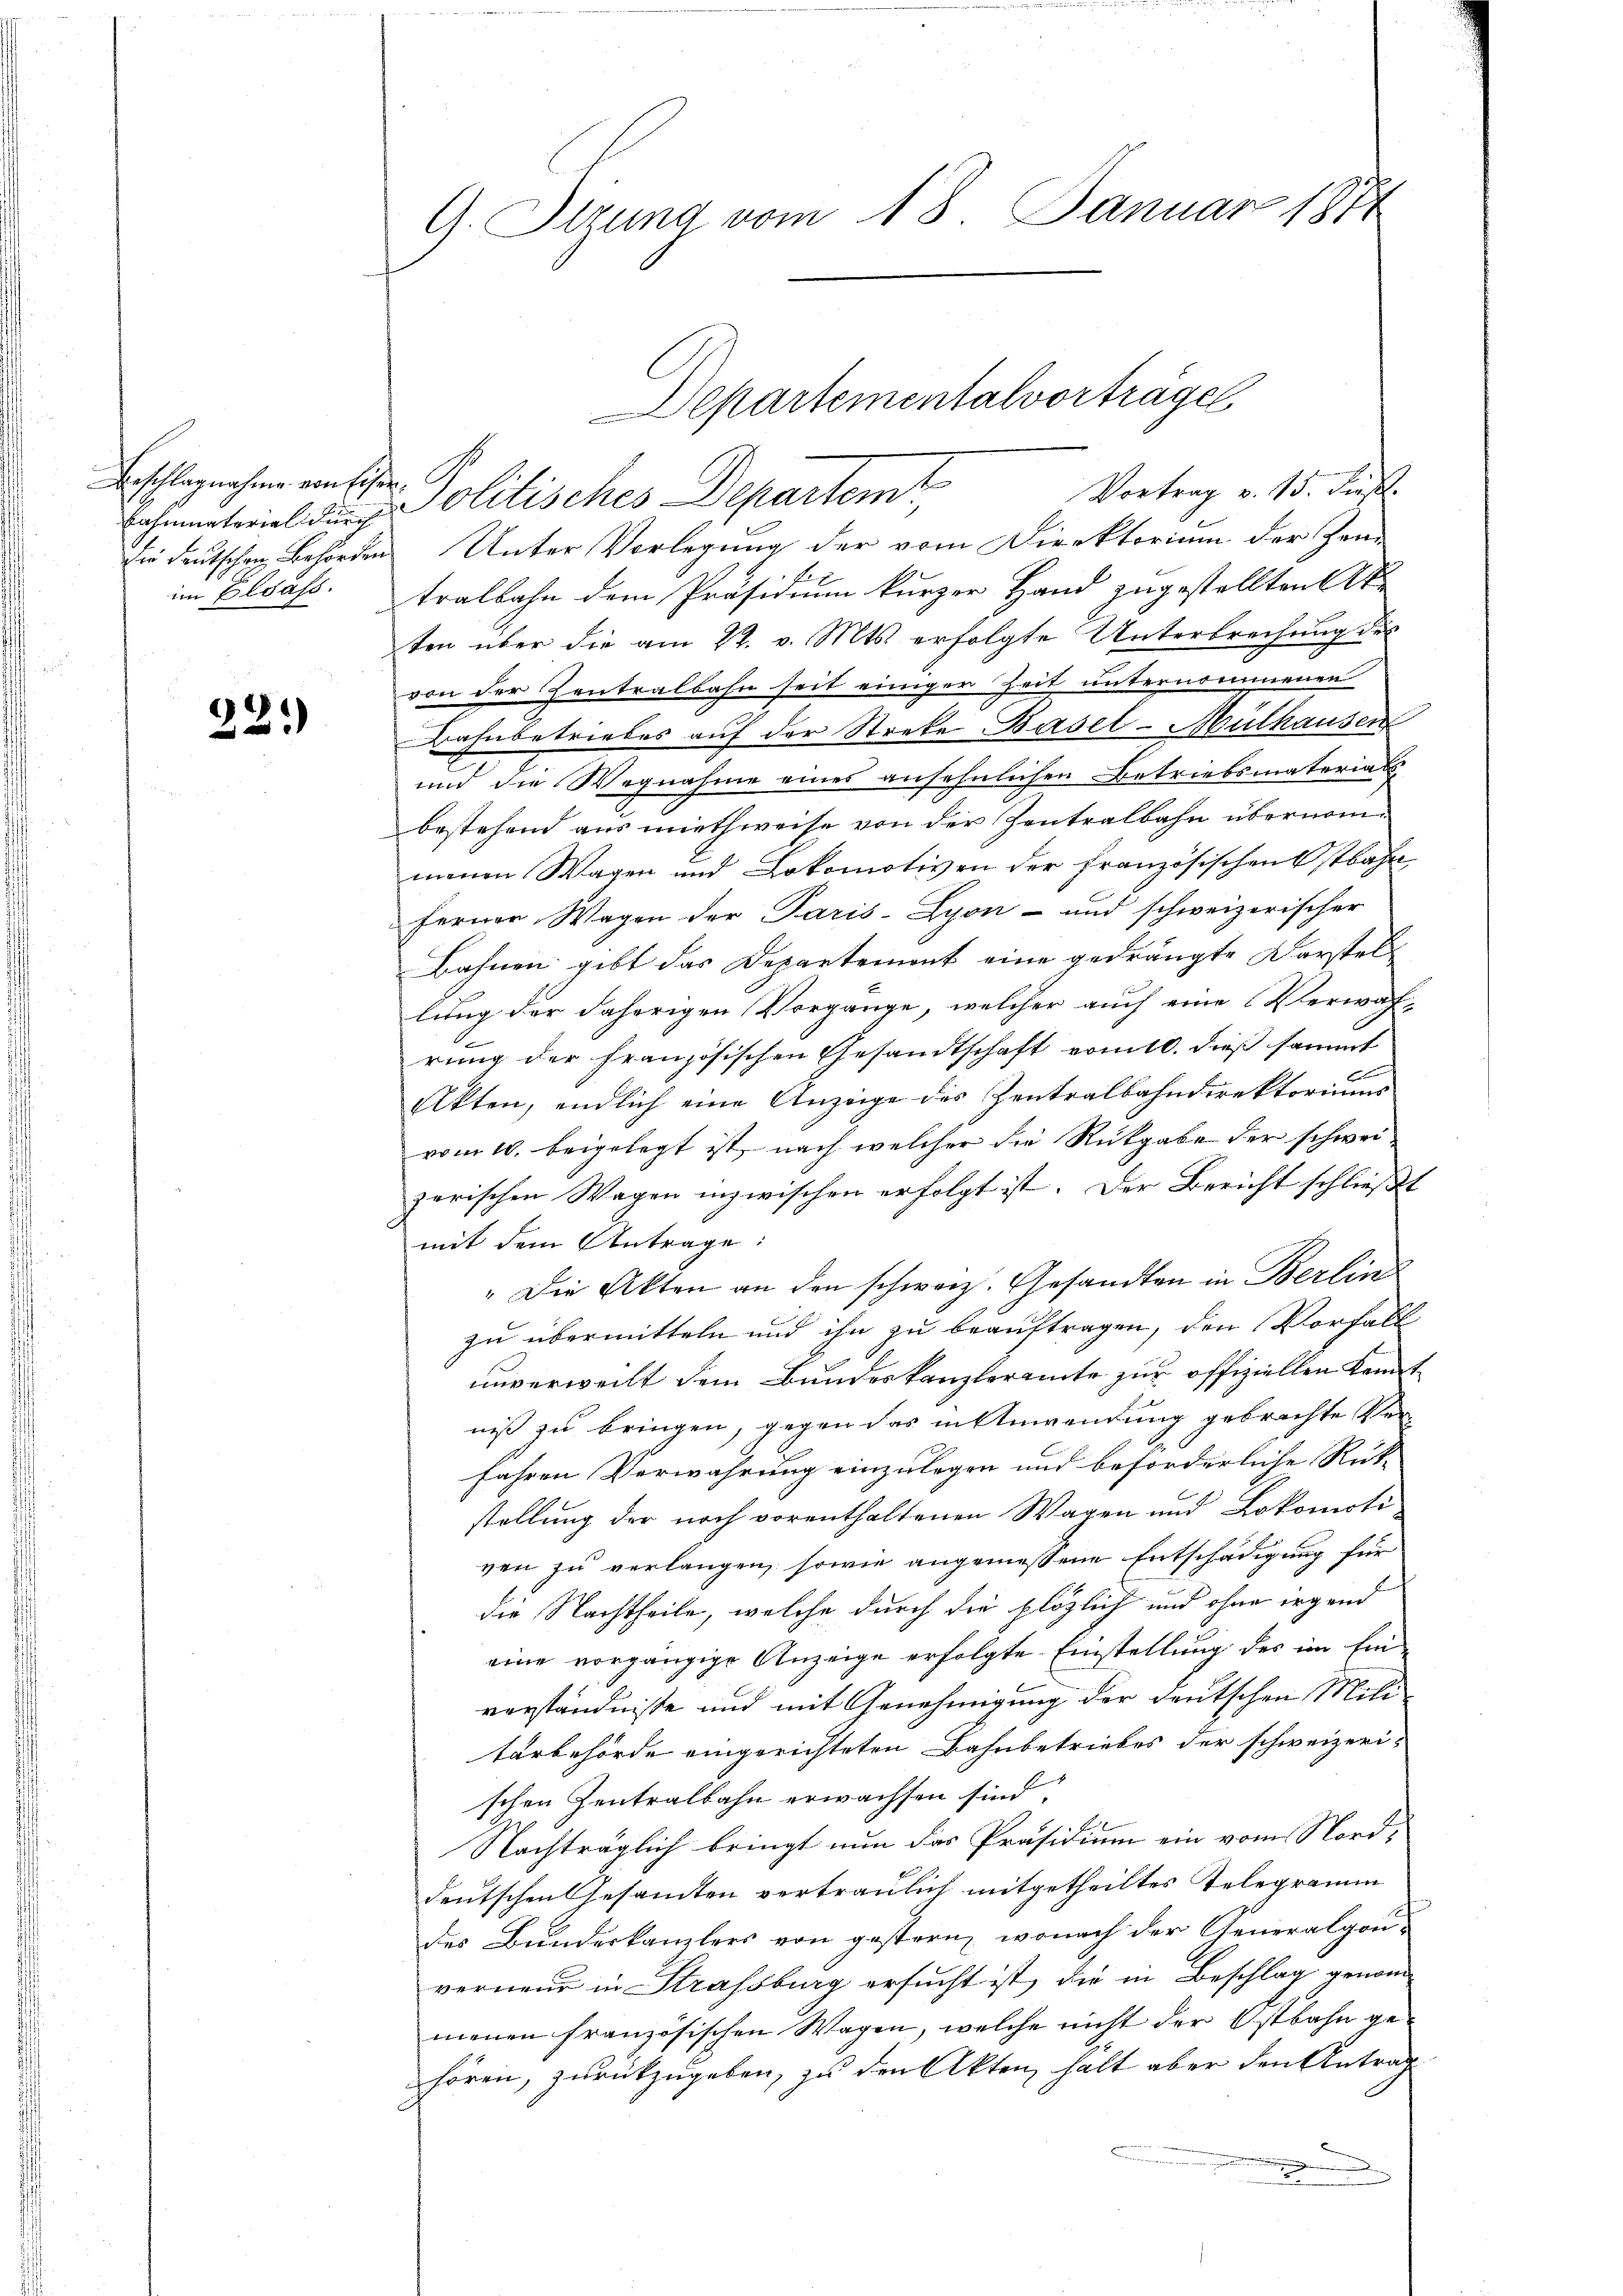
Beschlagnahme von Eisen.
Bahmnateriali der
Die Deutschen Behörden
im Elsass.

22.

G. Sitzung vom 18. Januar 1871

Politisches Departemt
 Unter Vorlegung der vom Direktorium der Zeutralbahn dem Präsidium kurzer Hand zugestellten St.
ten über die am 22. v. Mts. erfolgte Unterbrechung des
von der Zentralbahn seit einiger Zeit unternommenen
Bahnbetriebes auf der Streke Basel-Mülhausen
und die Wegnahme eines ansehnlichen Betriebsmaterials
bestehend aus miethweise von der Zentralbahn übernommenen Wagen und Lokomotiven der französischenstbahn
ferner Wagen der Paris-Zyon- und schweizerischer
Bahnen gibt das Departement eine gedrängte Darstellung der daherigen Vorgänge, welcher auch eine Verwah-
rung der französischen Gesandtschaft vom 10. dieß sammt
E
Akten, endlich eine Anzeige des Zentralbahndirektoriums
vom 10. beigelegt ist, nach welcher die Rückgabe der schweizerischen Wagen inzwischen erfolgt ist. Der Bericht schließt
mit dem Antrage:
" Die Akten an den schweiz. Gesandten in Berlin
zu übermitteln und ihn zu beauftragen, den Vorfall
unverweilt dem Bundeskanzleramte zur offiziellen Kenntniß zu bringen, gegen das in Anwendung gebrachte Ver-
fahren Verwahrung einzulegen und beforderliche Rück-
stellung der noch vorenthaltenen Wagen und Lokomoti
ven zu verlangen, sowie angemessene Entschädigung für
die Nachtheile, welche durch die plötzlich und ohne irgend
eine vorgängige Anzeige erfolgte Einstellung des im Ein-
verständniße und mit Genehmigung der deutschen Militorbehörde eingerichteten Bahnbetriebes der schweizeri-
schen Zentralbahn erwachsen sind,
Nachträglich bringt nun das Präsidium ein vom Norddeutschen Gesamten vertraulich mitgetheiltes Telegramm
des Bundeskanzlers von gestern, wonach der Generalgouverneur in Strassburg ersucht ist, die in Beschlag genom-
menen französischen Wagen, welche nicht der Ostbahn ge-
hören, zurückzugeben, zu den Akten, halt aber den Antrag
.

Departementalvorträge
Vortrag v. 15. dieß.